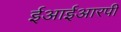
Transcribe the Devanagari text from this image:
ईआईआरपी